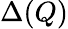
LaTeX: \Delta(Q)